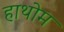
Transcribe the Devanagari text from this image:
हाथोम